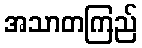
အသာတကြည်